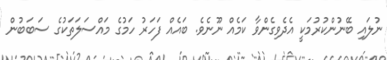
ނުލައި ބޭނުންކުރުމަކީ އެދެވިގެންވާ ކަމެއް ނޫނެވެ. ބައެއް ފަހަރު ހަމުގެ މައްސަލަތަކުގެ ސަބަބުން